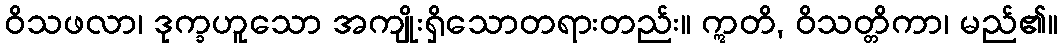
ဝိသဖလာ၊ ဒုက္ခဟူသော အကျိုးရှိသောတရားတည်း။ ဣတိ, ဝိသတ္တိကာ၊ မည်၏။